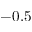
- 0 . 5